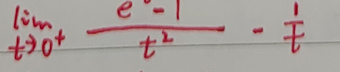
$\lim_{t \to 0^{+}}\frac{e-1}{t^{2}}-\frac{1}{t}$